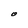
Character: O